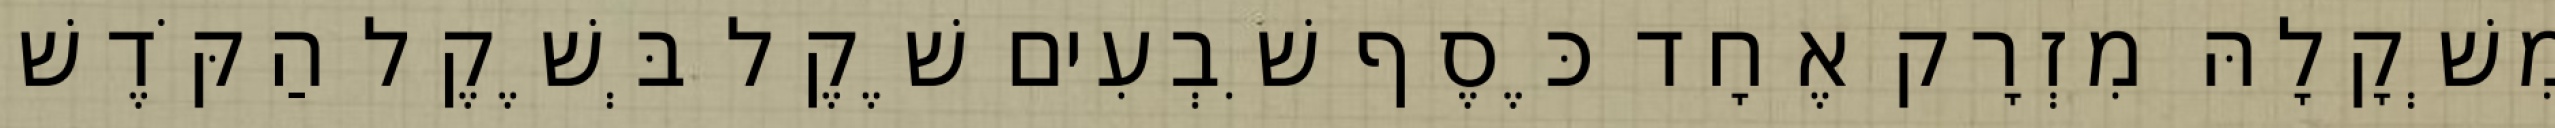
מִשְׁקָלָהּ מִזְרָק אֶחָד כֶּסֶף שִׁבְעִים שֶׁקֶל בְּשֶׁקֶל הַקֹּדֶשׁ